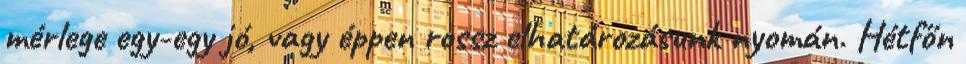
mérlege egy-egy jó, vagy éppen rossz elhatározásunk nyomán. Hétfőn